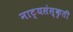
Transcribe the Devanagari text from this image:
नाट्यसंस्कृती